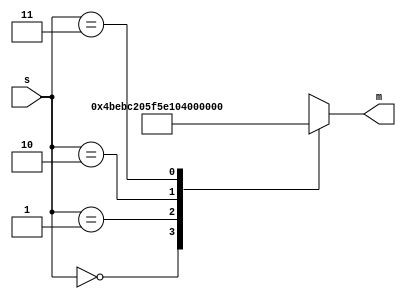
`timescale 1s / 1s

module mux4to1(input [1:0] s, output reg [25:0] m);

	always @ (*)
		begin
			case (s[1:0])
				2'b00: m = 1;
				2'b01: m = 12500000;
				2'b10: m = 25000000;
				2'b11: m = 50000000;
				default: m = 50000000;
			endcase
		end
endmodule


module rateDivider (d, q, clock, clear_b, Enable);

	input clock,clear_b, Enable;
	output reg [25:0] q; // declare q
	input [25:0] d; // declare d
	
	always @(posedge clock) // triggered every time clock rises
		begin
			if (clear_b == 1'b0) // when Clear b is 0
				q <= 0; // q is set to 0
			else if (q == 0) // when q is the maximum value for the counter
				q <= d; // q reset to d
			else if (Enable == 1'b1) // increment q only when Enable is 1
				q <= q - 1; // increment q
		end
endmodule


module enablePulse(input [25:0] in, output reg out);
	always @ *
		begin
			if (in == 1)
				out = 1;
		else 
				out = 0;
		end
endmodule

module eightBitCounter(q,clock,Enable,clear_b);

	input clock,clear_b, Enable;
	output reg [3:0] q; // declare q
	
	always @ (posedge clock) // triggered every time clock rises
		begin
			if (clear_b == 1'b0) // when Clear b is 0
				q <= 0; // q is set to 0
			else if (q == 5'b10000) // when q is the maximum value for the counter
				q <= 0; // q reset to 0
			else if (Enable == 1'b1) // increment q only when Enable is 1
				q <= q + 1; // increment q
		end	
endmodule


module bcdDecoder (input [3:0] C, output [6:0] HEX); // bcdDecoder

				// maxterms
				assign HEX[0] = !((C[3]|C[2]|C[1]|!C[0]) & (C[3]|!C[2]|C[1]|C[0]) & 
								(!C[3]|C[2]|!C[1]|!C[0]) & (!C[3]|!C[2]|C[1]|!C[0]));
								
				assign HEX[1] = !((C[3]|!C[2]|C[1]|!C[0]) & (C[3]|!C[2]|!C[1]|C[0]) & 
								(!C[3]|C[2]|!C[1]|!C[0]) & (!C[3]|!C[2]|C[1]|C[0]) & 
								(!C[3]|!C[2]|!C[1]|C[0]) & (!C[3]|!C[2]|!C[1]|!C[0]));
								
				assign HEX[2] = !((C[3]|C[2]|!C[1]|C[0]) & (!C[3]|!C[2]|C[1]|C[0]) & 
								(!C[3]|!C[2]|!C[1]|C[0]) & (!C[3]|!C[2]|!C[1]|!C[0]));
								
				assign HEX[3] = !((C[3]|C[2]|C[1]|!C[0]) & (C[3]|!C[2]|C[1]|C[0]) & 
								(C[3]|!C[2]|!C[1]|!C[0]) & (!C[3]|C[2]|C[1]|!C[0]) & 
								(!C[3]|C[2]|!C[1]|C[0]) & (!C[3]|!C[2]|!C[1]|!C[0]));
								
				assign HEX[4] = !((C[3]|C[2]|C[1]|!C[0]) & (C[3]|C[2]|!C[1]|!C[0]) & 
								(C[3]|!C[2]|C[1]|C[0]) & (C[3]|!C[2]|C[1]|C[0]) &
								(C[3]|!C[2]|C[1]|!C[0]) & (C[3]|!C[2]|!C[1]|!C[0]) &
								(!C[3]|C[2]|C[1]|!C[0]));
								
				assign HEX[5] = !((C[3]|C[2]|C[1]|!C[0]) & (C[3]|C[2]|!C[1]|C[0]) & 
								(C[3]|C[2]|!C[1]|!C[0]) & (C[3]|!C[2]|!C[1]|!C[0]) & 
								(!C[3]|!C[2]|C[1]|!C[0]));
								
				assign HEX[6] = !((C[3]|C[2]|C[1]|C[0]) & (C[3]|C[2]|C[1]|!C[0]) & 
								(C[3]|!C[2]|!C[1]|!C[0]) & (!C[3]|!C[2]|C[1]|C[0]));

endmodule


module lab5part2(input CLOCK_50, input [2:0] SW, output [6:0] HEX0);

	wire [25:0] d;
	wire [25:0] q;
	wire [3:0] q1;
	wire q2;
	
	mux4to1 u1(SW[1:0], d);
	
	rateDivider u2(d, q, CLOCK_50, SW[2], 1'b1);
	
	enablePulse u3(q, q2);
	
	eightBitCounter u4(q1 ,CLOCK_50, q2, SW[2]);
	
	bcdDecoder u5(q1, HEX0);
	
endmodule